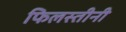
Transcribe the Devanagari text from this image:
फिलस्तीनी